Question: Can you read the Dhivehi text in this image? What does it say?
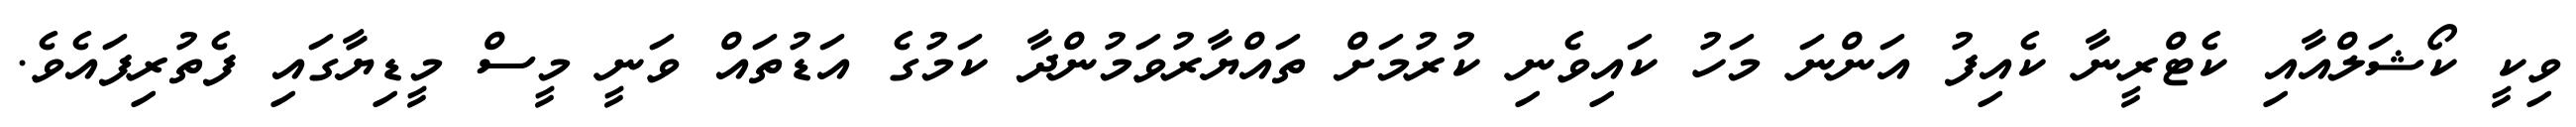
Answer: ވިކީ ކޯޝަލްއާއި ކެޓްރީނާ ކެއިފު އަންނަ މަހު ކައިވެނި ކުރުމަށް ތައްޔާރުވަމުންދާ ކަމުގެ އަޑުތައް ވަނީ މީސް މީޑިޔާގައި ފެތުރިފައެވެ.